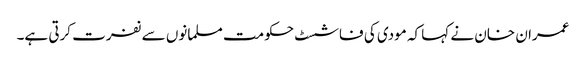
عمران خان نے کہا کہ مودی کی فاشسٹ حکومت مسلمانوں سے نفرت کرتی ہے۔